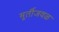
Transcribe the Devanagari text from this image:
मूर्तीजवळ